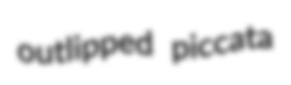
outlipped piccata